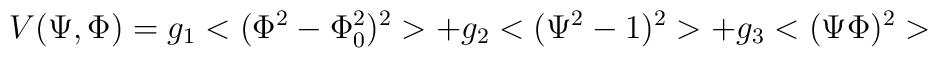
V(\Psi, \Phi)= g_1 <(\Phi^2-\Phi^2_0)^2>  + g_2  <(\Psi^2 -1)^2> + g_3 <(\Psi\Phi)^2>